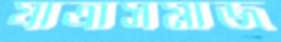
যাত্রাসমাজ